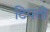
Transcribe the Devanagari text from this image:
टिपतो